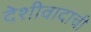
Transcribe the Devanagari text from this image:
देशीवादाची